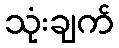
သုံးချက်